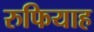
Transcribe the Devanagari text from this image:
रुफियाह